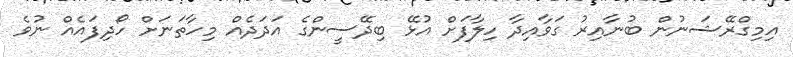
އިމިގްރޭޝަނުން ބުނާއިރު ގަވާއިދާ ހިލާފަށް އުޅޭ ބިދޭސީންގެ އަދަދެއް މިހާތަނަށް ހޯދިފައެއް ނުވެ